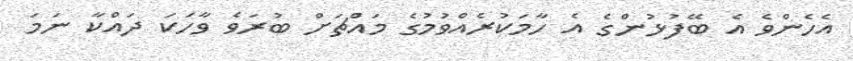
އެހެންވެ އެ ބޭފުޅުންގެ އެ ހާމަކުރެއްވުމުގެ މައްޗަށް ބުރަވެ ވާހަކަ ދައްކާ ނަމަ